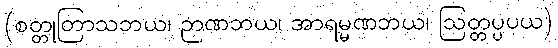
(စတ္တုတြာသဘယ၊ ဉာဏဘယ၊ အာရမ္မဏဘယ၊ ဩတ္တပ္ပပယ)